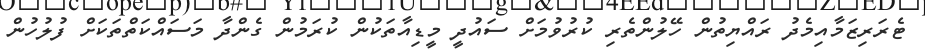
ޓެރަރިޒަމާއިމެދު ރައްޔިތުން ހޭލުންތެރި ކުރުވުމަށް ސައުދީ މީޑިއާތަކުން ކުރަމުން ގެންދާ މަސައްކަތްތަކަށް ފުލުހުން